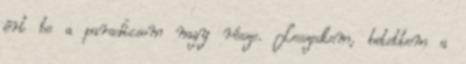
ért be a paradicsom nagy része. Leszedtem, betettem a